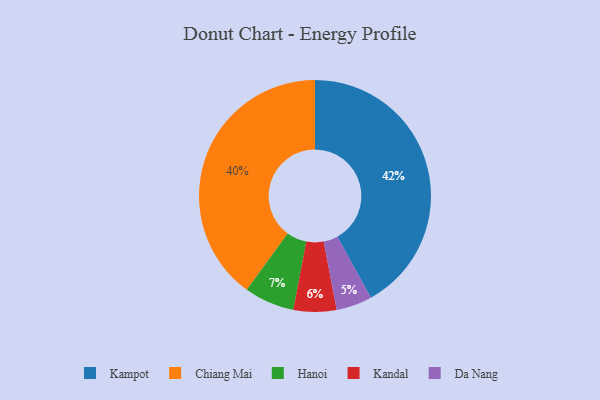
{"axis": {"x": "Category", "y": "Percentage"}, "legend": ["Chiang Mai", "Da Nang", "Hanoi", "Kampot", "Kandal"], "data": [{"x": "Da Nang", "y": 5, "type": "Da Nang"}, {"x": "Kandal", "y": 6, "type": "Kandal"}, {"x": "Chiang Mai", "y": 40, "type": "Chiang Mai"}, {"x": "Kampot", "y": 42, "type": "Kampot"}, {"x": "Hanoi", "y": 7, "type": "Hanoi"}]}